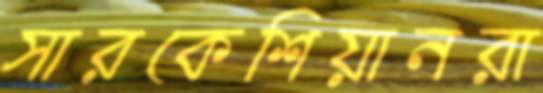
সারকেশিয়ানরা